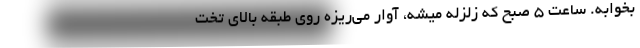
بخوابه. ساعت 5 صبح كه زلزله ميشه، آوار مي‌ريزه روي طبقه بالاي تخت